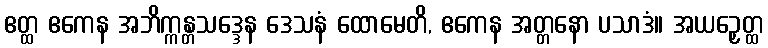
ဧတ္ထ ဧကေန အဘိက္ကန္တသဒ္ဒေန ဒေသနံ ထောမေတိ, ဧကေန အတ္တနော ပသာဒံ။ အယဉှေတ္ထ